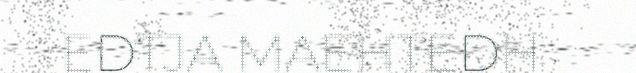
EDTJA MAEHTEDH